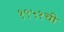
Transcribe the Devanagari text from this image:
१९५१ची